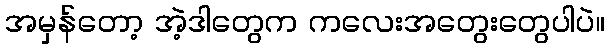
အမှန်တော့ အဲ့ဒါတွေက ကလေးအတွေးတွေပါပဲ။